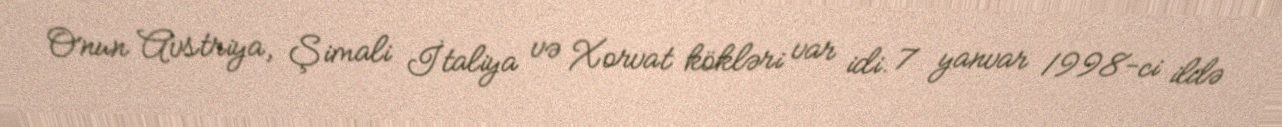
Onun Avstriya, Şimali İtaliya və Xorvat kökləri var idi. 7 yanvar 1998-ci ildə